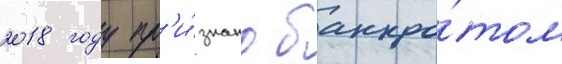
2018 году пр'и́знано банкро́том